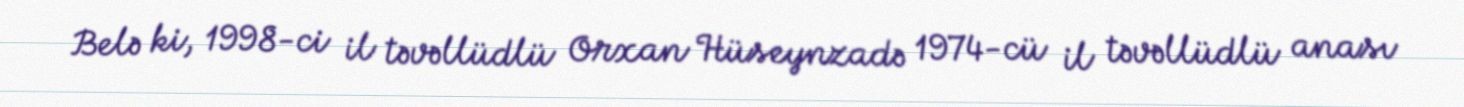
Belə ki, 1998-ci il təvəllüdlü Orxan Hüseynzadə 1974-cü il təvəllüdlü anası